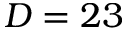
D = 2 3